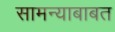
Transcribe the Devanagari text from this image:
सामन्याबाबत